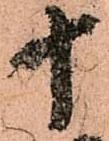
十